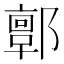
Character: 𨞥